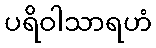
ပရိဝါသာရဟံ